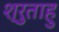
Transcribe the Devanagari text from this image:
श्रुताहु